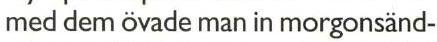
med dem övade man in morgonsänd-